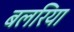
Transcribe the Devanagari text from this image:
बलरिया